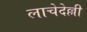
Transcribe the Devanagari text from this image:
लाचेदेल्ली